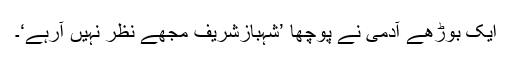
ایک بوڑھے آدمی نے پوچھا ’شہبازشریف مجھے نظر نہیں آرہے‘۔